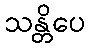
သန္တိပေ